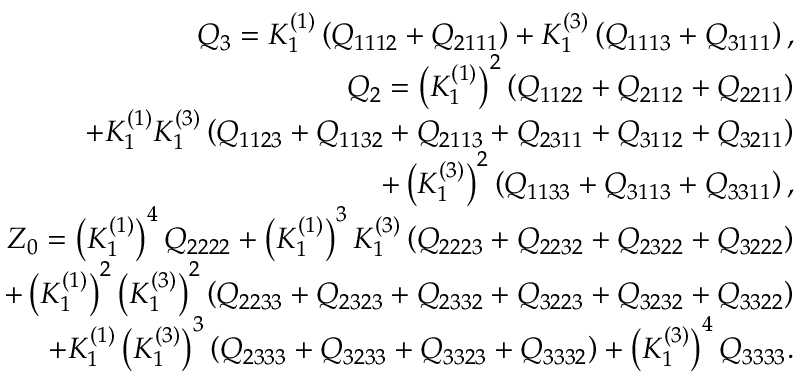
\begin{array} { r } { { \cal Q } _ { 3 } = K _ { 1 } ^ { ( 1 ) } \left( Q _ { 1 1 1 2 } + Q _ { 2 1 1 1 } \right) + K _ { 1 } ^ { ( 3 ) } \left( Q _ { 1 1 1 3 } + Q _ { 3 1 1 1 } \right) , } \\ { { \cal Q } _ { 2 } = \left( K _ { 1 } ^ { ( 1 ) } \right) ^ { 2 } \left( Q _ { 1 1 2 2 } + Q _ { 2 1 1 2 } + Q _ { 2 2 1 1 } \right) } \\ { + K _ { 1 } ^ { ( 1 ) } K _ { 1 } ^ { ( 3 ) } \left( Q _ { 1 1 2 3 } + Q _ { 1 1 3 2 } + Q _ { 2 1 1 3 } + Q _ { 2 3 1 1 } + Q _ { 3 1 1 2 } + Q _ { 3 2 1 1 } \right) } \\ { + \left( K _ { 1 } ^ { ( 3 ) } \right) ^ { 2 } \left( Q _ { 1 1 3 3 } + Q _ { 3 1 1 3 } + Q _ { 3 3 1 1 } \right) , } \\ { { \cal Z } _ { 0 } = \left( K _ { 1 } ^ { ( 1 ) } \right) ^ { 4 } Q _ { 2 2 2 2 } + \left( K _ { 1 } ^ { ( 1 ) } \right) ^ { 3 } K _ { 1 } ^ { ( 3 ) } \left( Q _ { 2 2 2 3 } + Q _ { 2 2 3 2 } + Q _ { 2 3 2 2 } + Q _ { 3 2 2 2 } \right) } \\ { + \left( K _ { 1 } ^ { ( 1 ) } \right) ^ { 2 } \left( K _ { 1 } ^ { ( 3 ) } \right) ^ { 2 } \left( Q _ { 2 2 3 3 } + Q _ { 2 3 2 3 } + Q _ { 2 3 3 2 } + Q _ { 3 2 2 3 } + Q _ { 3 2 3 2 } + Q _ { 3 3 2 2 } \right) } \\ { + K _ { 1 } ^ { ( 1 ) } \left( K _ { 1 } ^ { ( 3 ) } \right) ^ { 3 } \left( Q _ { 2 3 3 3 } + Q _ { 3 2 3 3 } + Q _ { 3 3 2 3 } + Q _ { 3 3 3 2 } \right) + \left( K _ { 1 } ^ { ( 3 ) } \right) ^ { 4 } Q _ { 3 3 3 3 } . } \end{array}